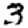
Digit: 3